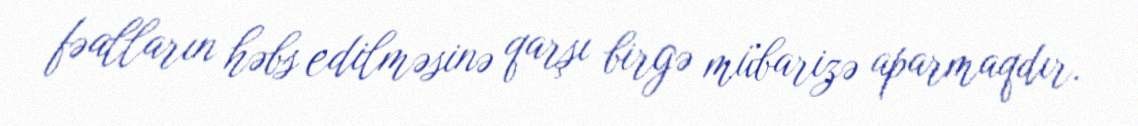
fəalların həbs edilməsinə qarşı birgə mübarizə aparmaqdır.